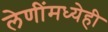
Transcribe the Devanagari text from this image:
लेणींमध्येही